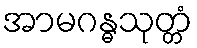
အာမဂန္ဓသုတ္တံ